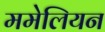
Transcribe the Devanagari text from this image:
ममेलियन